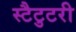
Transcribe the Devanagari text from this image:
स्टैटुटरी